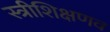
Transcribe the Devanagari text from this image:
स्त्रीशिक्षणव